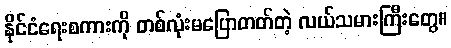
နိုင်ငံရေးစကားကို တစ်လုံးမပြောတတ်တဲ့ လယ်သမားကြီးတွေ။